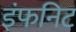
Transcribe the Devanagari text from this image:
इंफनिट